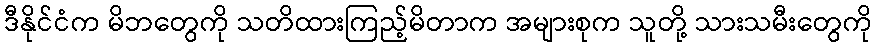
ဒီနိုင်ငံက မိဘတွေကို သတိထားကြည့်မိတာက အများစုက သူတို့ သားသမီးတွေကို